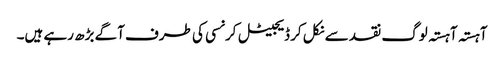
آہستہ آہستہ لوگ نقد سے نکل کر ڈیجیٹل کرنسی کی طرف آگے بڑھ رہے ہیں۔